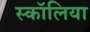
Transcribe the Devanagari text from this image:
स्कॉलिया